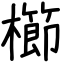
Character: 櫛